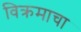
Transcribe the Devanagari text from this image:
विक्रमाचा